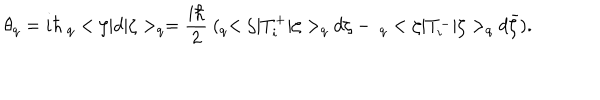
LaTeX: \theta _ { q } = i \hbar \ _ { q } < \zeta | d | \zeta > _ { q } = \frac { i \hbar } { 2 } \ ( _ { q } < \zeta | T _ { i } ^ { + } | \zeta > _ { q } d \zeta - \ _ { q } < \zeta | T _ { i } ^ { - } | \zeta > _ { q } d \bar { \zeta } ) .